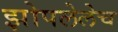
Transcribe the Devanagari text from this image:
झोपलेलेच